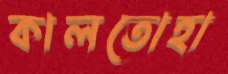
কালতোহা